Vaccination in Bombay 1856-1862 - 1856-1862
Year: 1856
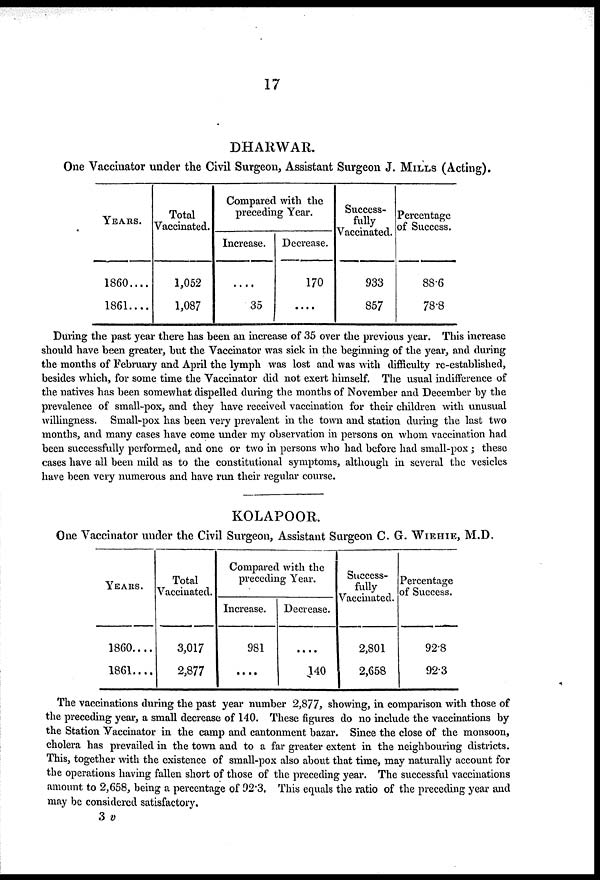
17
DHARWAR.
One Vaccinator under the Civil Surgeon, Assistant Surgeon J. MILLS (Acting).
YEARS.
1860....
1861....
Total
Vaccinated.
1,052
1,087
Compared with the
preceding Year.
Increase.
....
35
Decrease.
170
....
Success-
fully
Vaccinated.
933
857
Percentage
of Success.
88.6
78.8
During the past year there has been an increase of 35 over the previous year. This increase
should have been greater, but the Vaccinator was sick in the beginning of the year, and during
the months of February and April the lymph was lost and was with difficulty re-established,
besides which, for some time the Vaccinator did not exert himself. The usual indifference of
the natives has been somewhat dispelled during the months of November and December by the
prevalence of small-pox, and they have received vaccination for their children with unusual
willingness. Small-pox has been very prevalent in the town and station during the last two
months, and many cases have come under my observation in persons on whom vaccination had
been successfully performed, and one or two in persons who had before had small-pox ; these
cases have all been mild as to the constitutional symptoms, although in several the vesicles
have been very numerous and have run their regular course.
KOLAPOOR.
One Vaccinator under the Civil Surgeon, Assistant Surgeon C. G. WIEHIE, M.D.
YEARS.
1860....
1861....
Total
Vaccinated.
3,017
2,877
Compared with the
preceding Year.
Increase.
981
....
Decrease.
....
140
Success-
fully
Vaccinated.
2,801
2,658
Percentage
of Success.
92.8
92.3
The vaccinations during the past year number 2,877, showing, in comparison with those of
the preceding year, a small decrease of 140. These figures do no include the vaccinations by
the Station Vaccinator in the camp and cantonment bazar. Since the close of the monsoon,
cholera has prevailed in the town and to a far greater extent in the neighbouring districts.
This, together with the existence of small-pox also about that time, may naturally account for
the operations having fallen short of those of the preceding year. The successful vaccinations
amount to 2,658, being a percentage of 92.3. This equals the ratio of the preceding year and
may be considered satisfactory.
3 v